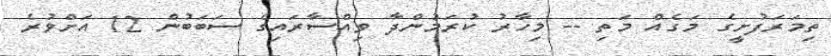
ތިމަރަފުށީގެ މަގެއް މަތި -- މިހާރު ކުރަމުންދާ ވިއްސާރައިގެ ސަބަބުން 12 އަށްވުރެ